system: You are a helpful assistant.
user:
Analyze the provided spectrum to determine if it is a **Carbon Star (C-type)**.

- **Key Visual Indicators of Carbon Star:**
    - **(Primary):** Strong molecular absorption from **C₂ (diatomic carbon) "Swan Bands."** This is the **defining feature** of a carbon star.
        - **(Key Bandheads):** Sharp absorption edges are visible at approximately $5635$ Å, $5165$ Å (the strongest band), and $4737$ Å.
        - **(Line Profile):** Creates a distinct **"saw-tooth"** pattern. The key morphology is a sharp, steep bandhead on the **red (long-wavelength) side**, which then gradually tapers off (i.e., flux recovers) towards the **blue (short-wavelength) side**. *(This is the direct opposite of the TiO bands seen in M-type stars)*.

    - **(Secondary):** Intense **CN (cyanogen)** molecular absorption bands.
        - **(Key Bandheads):** Located in the blue and violet regions of the spectrum (e.g., near $4215$ Å and $3883$ Å).
        - **(Morphology):** These bands are extremely broad and act as a "blanket," absorbing the vast majority of blue and violet light. This creates a characteristic **"cliff"** or **"steep drop-off"** in the spectrum's flux at short wavelengths.

    - **(Key Confirmation):** Strong **CH absorption band (G-band)**.
        - **(Key Bandhead):** Located around $4300$ Å. The contribution from CH molecules to this band is exceptionally strong.

    - **(Overall Spectrum):**
        - The continuum is severely "chopped up" by these deep molecular bands, especially C₂, rather than appearing as a smooth curve.
        - Due to the heavy CN and C₂ absorption in the blue-green, the vast majority of the star's flux is concentrated in the red part of the spectrum, giving the star its characteristic deep red color.

Think first, call **spectral_visualization_tool** if needed to examine features in detail, then provide your final answer. Your response must adhere to the following strict rules:
1.  **Overall Structure:** Your response must follow the format `<think>...</think> <tool_call>...</tool_call> (if a tool is used) <answer>...</answer>`.
2.  **Tool Usage Constraint:** You may only make **one** tool call per turn.
3.  **Final Answer Format:** In the `<answer>` tag, your conclusion must be inside a `\boxed{}` command (e.g., `\boxed{YES}`), followed by your justification.

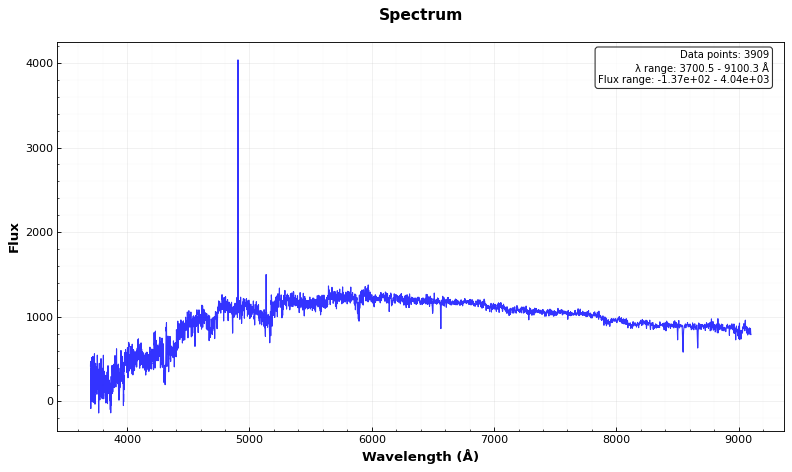
Answer: YES